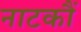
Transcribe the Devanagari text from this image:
नाटकौं